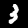
Digit: 3